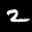
Label: 2